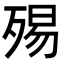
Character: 𣨟